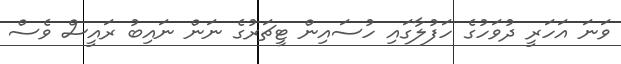
ވަނަ އަހަރީ ދުވަހުގެ ހަފުލާގައި ހުސައިން ޓީޗަރުގެ ނަން ނައިބު ރައީސް ވެސް